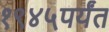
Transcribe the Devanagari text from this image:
१९४५पर्यंत